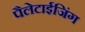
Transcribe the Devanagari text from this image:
पैलेटाईजिंग